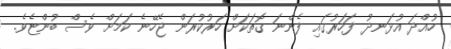
ހުއްދަ އުޅަނދު ފަހަރުގައި ފެންނަ ގޮތަކަށް ހަރުކުރަން ޖެހޭނެ ކަމަށް ވެސް ބުންޏެވެ.